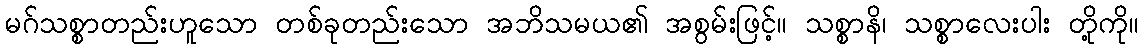
မဂ်သစ္စာတည်းဟူသော တစ်ခုတည်းသော အဘိသမယ၏ အစွမ်းဖြင့်။ သစ္စာနိ၊ သစ္စာလေးပါး တို့ကို။